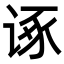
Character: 诼